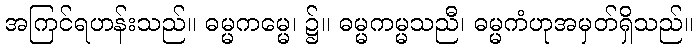
အကြင်ရဟန်းသည်။ ဓမ္မကမ္မေ၊ ၌။ ဓမ္မကမ္မသညီ၊ ဓမ္မကံဟုအမှတ်ရှိသည်။